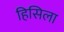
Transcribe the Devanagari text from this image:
हिसिला